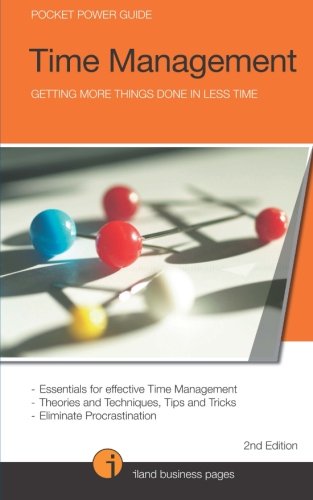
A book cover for Time Management: Getting more things done in less time; AndrÃ© Iland; Business & Money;